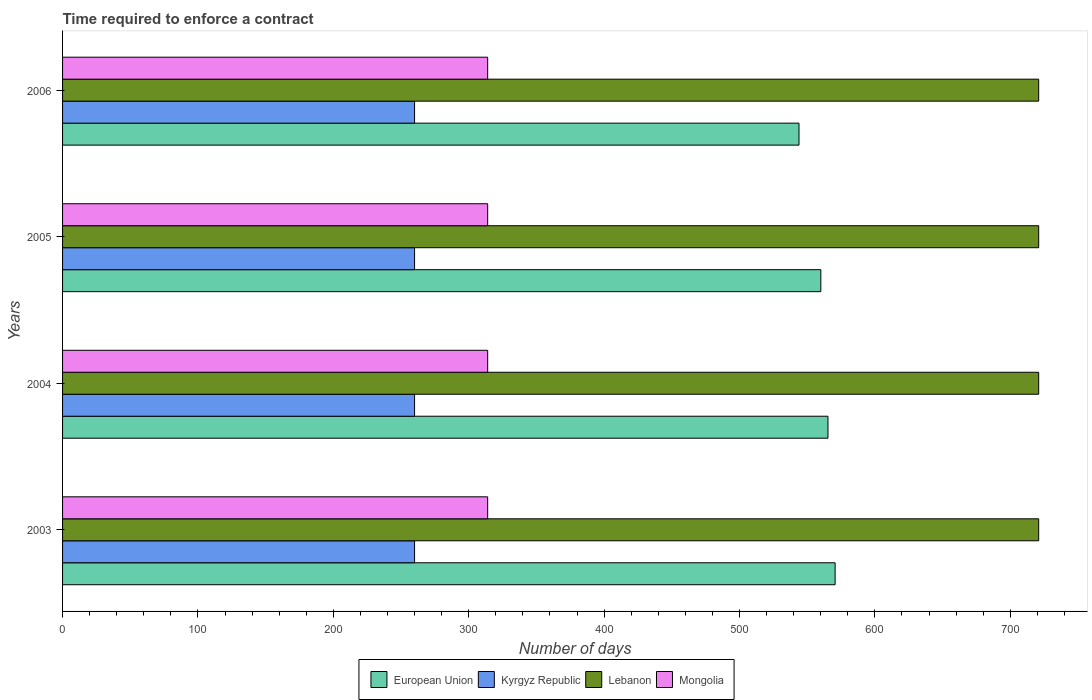
| Years | European Union | Kyrgyz Republic | Lebanon | Mongolia |
 | --- | --- | --- | --- | --- |
 | 2003 | 571 | 260 | 721 | 314 |
 | 2004 | 565 | 260 | 721 | 314 |
 | 2005 | 560 | 260 | 721 | 314 |
 | 2006 | 544 | 260 | 721 | 314 |